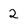
Character: 2